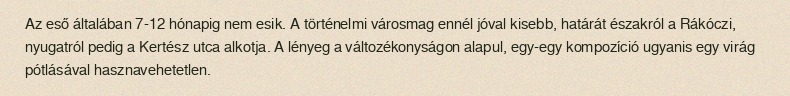
Az eső általában 7-12 hónapig nem esik. A történelmi városmag ennél jóval kisebb, határát északról a Rákóczi, nyugatról pedig a Kertész utca alkotja. A lényeg a változékonyságon alapul, egy-egy kompozíció ugyanis egy virág pótlásával hasznavehetetlen.